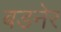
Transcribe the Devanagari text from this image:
बडनेर